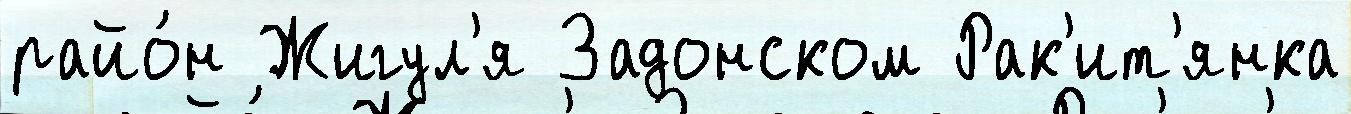
райо́н Жигул'я Задонском Рак'ит'янка